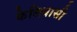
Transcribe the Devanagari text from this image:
केलियासी